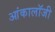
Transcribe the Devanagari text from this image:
आंकालॉजी